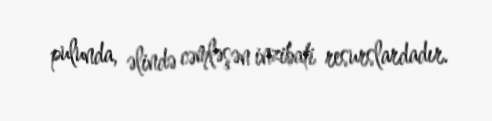
pulunda, əlində cəmləşən inzibati resurslardadır.